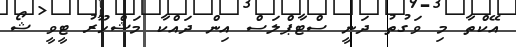
އޭކްތާ މި ވަގުތު ދަނީ ސްޓާޕްލަސް އިން ދައްކާ މަޝްހޫރު ޓީވީ ޝޯ